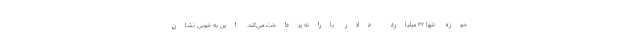
حوزه تنها ۳۲ میلیارد دلار یارانه پرداخت می‌کند. این به خوبی نشان